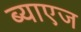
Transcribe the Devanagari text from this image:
ब्याएज